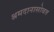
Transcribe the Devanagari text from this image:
श्रमदानासोबत